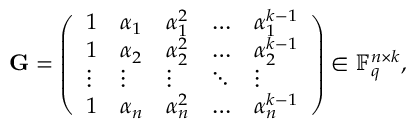
\mathbf { G } = \left( \begin{array} { l l l l l } { 1 } & { \alpha _ { 1 } } & { \alpha _ { 1 } ^ { 2 } } & { \hdots } & { \alpha _ { 1 } ^ { k - 1 } } \\ { 1 } & { \alpha _ { 2 } } & { \alpha _ { 2 } ^ { 2 } } & { \hdots } & { \alpha _ { 2 } ^ { k - 1 } } \\ { \vdots } & { \vdots } & { \vdots } & { \ddots } & { \vdots } \\ { 1 } & { \alpha _ { n } } & { \alpha _ { n } ^ { 2 } } & { \hdots } & { \alpha _ { n } ^ { k - 1 } } \end{array} \right) \in \mathbb { F } _ { q } ^ { n \times k } ,